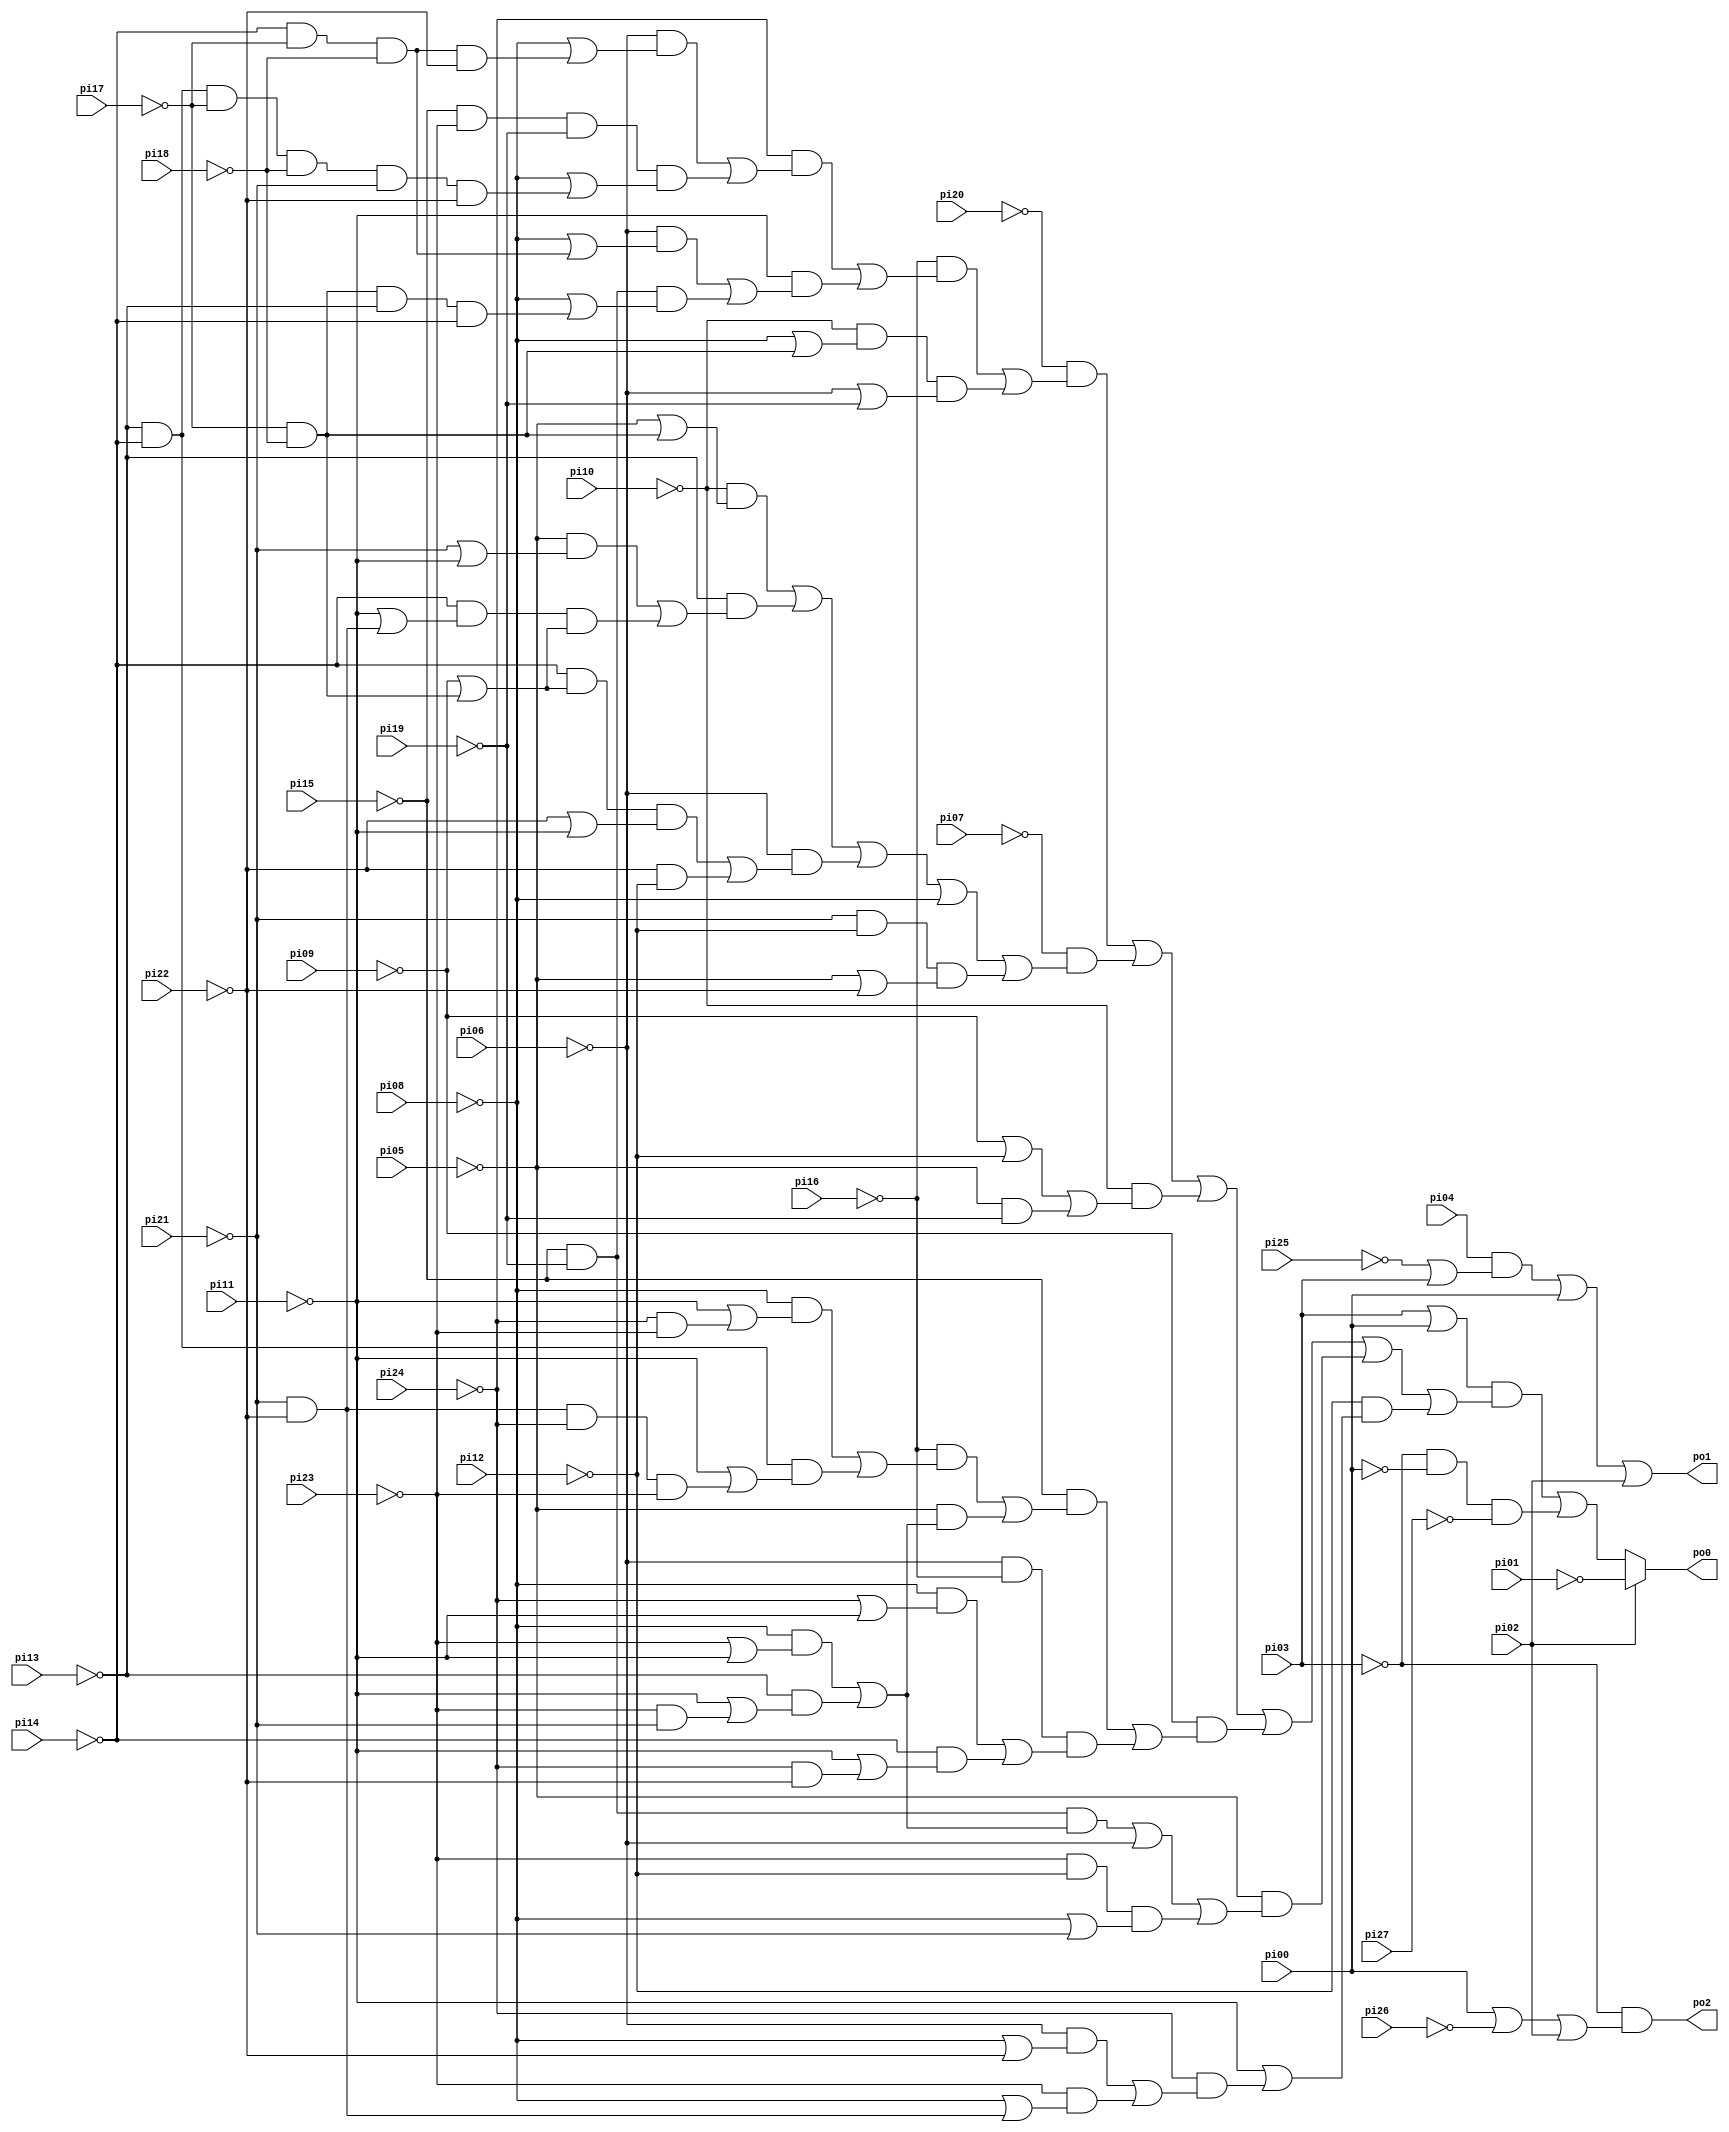
// Benchmark "frg1" written by ABC on Thu Mar 19 13:02:36 2020

module frg1 ( 
    pi00, pi01, pi02, pi03, pi04, pi05, pi06, pi07, pi08, pi09, pi10, pi11,
    pi12, pi13, pi14, pi15, pi16, pi17, pi18, pi19, pi20, pi21, pi22, pi23,
    pi24, pi25, pi26, pi27,
    po0, po1, po2  );
  input  pi00, pi01, pi02, pi03, pi04, pi05, pi06, pi07, pi08, pi09,
    pi10, pi11, pi12, pi13, pi14, pi15, pi16, pi17, pi18, pi19, pi20, pi21,
    pi22, pi23, pi24, pi25, pi26, pi27;
  output po0, po1, po2;
  assign po0 = pi02 ? ~pi01 : (((pi03 | pi00) & ((~pi20 & ((~pi16 & ((~pi24 & ((~pi06 & (~pi08 | (~pi14 & ~pi17 & ~pi18 & ~pi22))) | (~pi15 & ~pi23 & ~pi19 & (~pi08 | (~pi13 & ~pi14 & ~pi17 & ~pi18 & ~pi21 & ~pi22))))) | (~pi11 & ((~pi06 & (~pi08 | (~pi14 & ~pi17 & ~pi18))) | (~pi15 & ~pi19 & (~pi08 | (~pi17 & ~pi18 & ~pi13 & ~pi14))))))) | (~pi10 & (~pi08 | (~pi17 & ~pi18)) & (~pi06 | ~pi19)))) | (~pi07 & ((~pi10 & (~pi05 | (~pi17 & ~pi18))) | (~pi13 & ((~pi05 & (~pi21 | ~pi11)) | (~pi14 & (~pi11 | (~pi21 & ~pi22)) & (~pi09 | (~pi17 & ~pi18))))) | (~pi06 & ((~pi14 & (~pi09 | (~pi17 & ~pi18)) & (~pi22 | ~pi11)) | (~pi22 & ~pi12))) | ~pi08 | (~pi21 & ~pi12 & (~pi05 | ~pi22)))) | (~pi10 & (~pi09 | ~pi12 | (~pi05 & ~pi19))) | (~pi09 & ((~pi15 & ((~pi16 & ((~pi08 & (~pi11 | (~pi24 & ~pi23))) | (~pi13 & ~pi14 & (~pi11 | (~pi21 & ~pi22 & ~pi24 & ~pi23))))) | (~pi05 & ((~pi08 & (~pi23 | ~pi11)) | (~pi13 & (~pi11 | (~pi23 & ~pi21))))))) | (~pi06 & ~pi16 & ((~pi08 & (~pi24 | ~pi11)) | (~pi14 & (~pi11 | (~pi24 & ~pi22))))))) | (~pi05 & ((~pi15 & ~pi19 & ((~pi08 & (~pi23 | ~pi11)) | (~pi13 & (~pi11 | (~pi23 & ~pi21))))) | ~pi06 | (~pi23 & ~pi12 & (~pi08 | ~pi21)))) | (~pi12 & (~pi11 | (~pi24 & ((~pi06 & (~pi08 | ~pi22)) | (~pi23 & (~pi08 | (~pi21 & ~pi22))))))))) | (~pi03 & ~pi00 & ~pi27));
  assign po1 = (pi04 & (~pi25 | pi03)) | pi00 | pi02;
  assign po2 = ~pi03 & (pi00 | ~pi26 | pi02);
endmodule